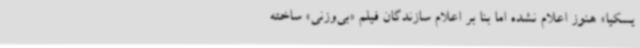
یسکیا» هنوز اعلام نشده اما بنا بر اعلام سازندگان فیلم «بی‌وزنی» ساخته